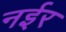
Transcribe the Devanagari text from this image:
नईर